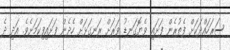
ސަރަހައްދަކަށް ފެތުރެން ފަށައި ވެޔޮގަނޑު ވަރަށް ރަނގަޅަށް ހެދެން ފަށައިފިކަމަށެވެ. އަދި ދެ